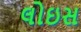
લોઇસ